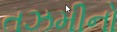
તઝમીનો